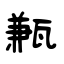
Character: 甉